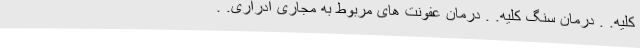
کلیه. . درمان سنگ کلیه. . درمان عفونت های مربوط به مجاری ادراری. .